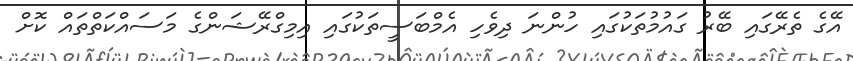
އޭގެ ތެރޭގައި ބޭރު ގައުމުތަކުގައި ހުންނަ ދިވެހި އެމްބަސީތަކުގައި އިމިގްރޭޝަންގެ މަސައްކަތްތައް ކޮށް